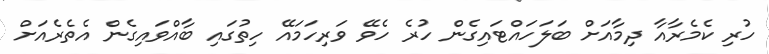
ހުރި ކެމެރާއާ ދިމާއަށް ބަލަހައްޓައިގެން ހުރެ ހެވޭ ވަރިހަމައޭ ހިތުގައި ބާއްވައިގެން އެތެރެއަށް